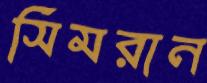
সিমরান